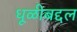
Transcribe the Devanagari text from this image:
धूळीबद्दल